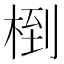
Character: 椡